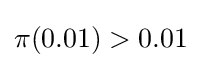
\pi (0.01)>0.01